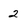
Character: 2